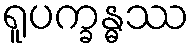
ရူပက္ခန္ဓဿ